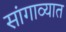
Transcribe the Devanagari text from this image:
सांगाव्यात